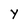
Character: Y